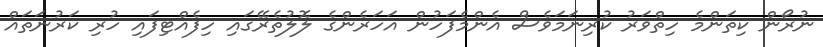
ނުރޯން ކިތަންމެ ހިތްވަރު ކުރިނަމަވެސް އެންމެފަހުން އަހަރެންގެ ލޮލުތެރޭގައި ހިފެއްޓިފައި ހުރި ކަރުނަތައް